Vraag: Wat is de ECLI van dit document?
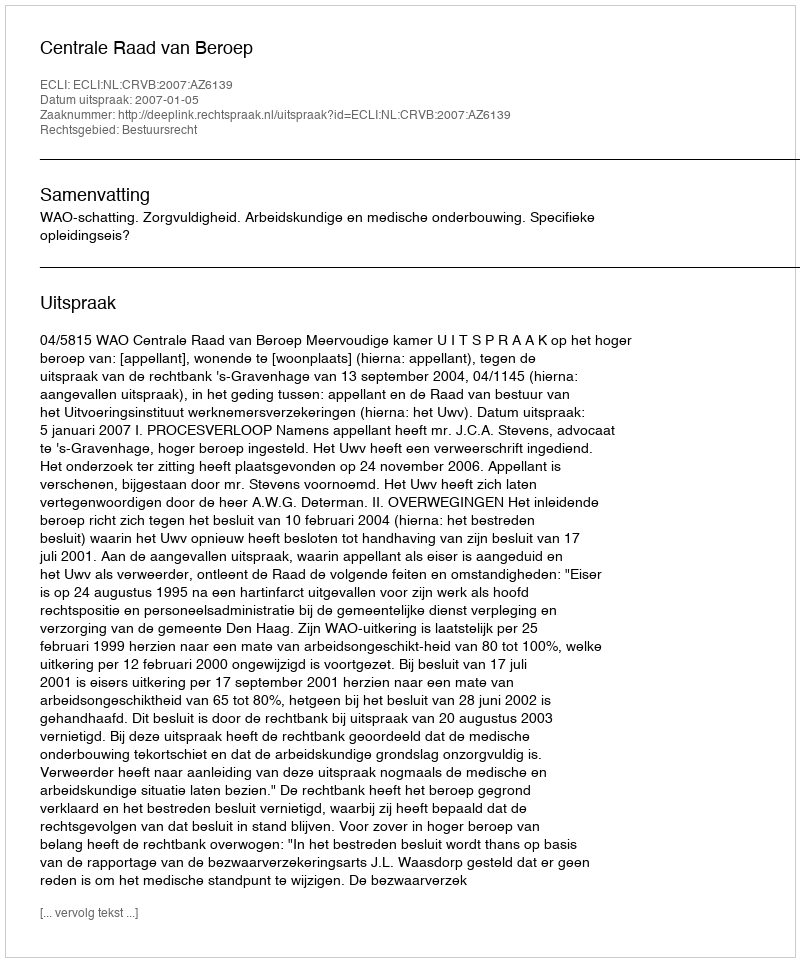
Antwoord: ECLI:NL:CRVB:2007:AZ6139